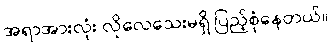
အရာအားလုံး လိုလေသေးမရှိ ပြည့်စုံနေတယ်။